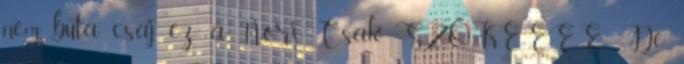
nem buta csaj ez a Nóri Csak SZŐKEEEE De